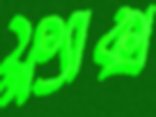
ফ্ল্যাক্স